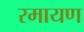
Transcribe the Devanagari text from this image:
रमायण